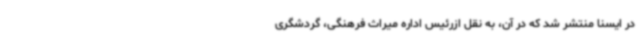
در ایسنا منتشر شد که در آن، به نقل ازرئیس اداره میراث فرهنگی، گردشگری